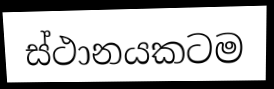
ස්ථානයකටම